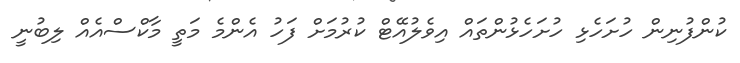
ކުންފުނިން ހުށަހެޅި ހުށަހެޅުންތައް އިވެލުއޭޓް ކުރުމަށް ފަހު އެންމެ މަތީ މާކްސްއެއް ލިބުނީ